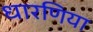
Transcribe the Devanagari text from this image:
धारणिया